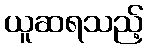
ယူဆရသည့်